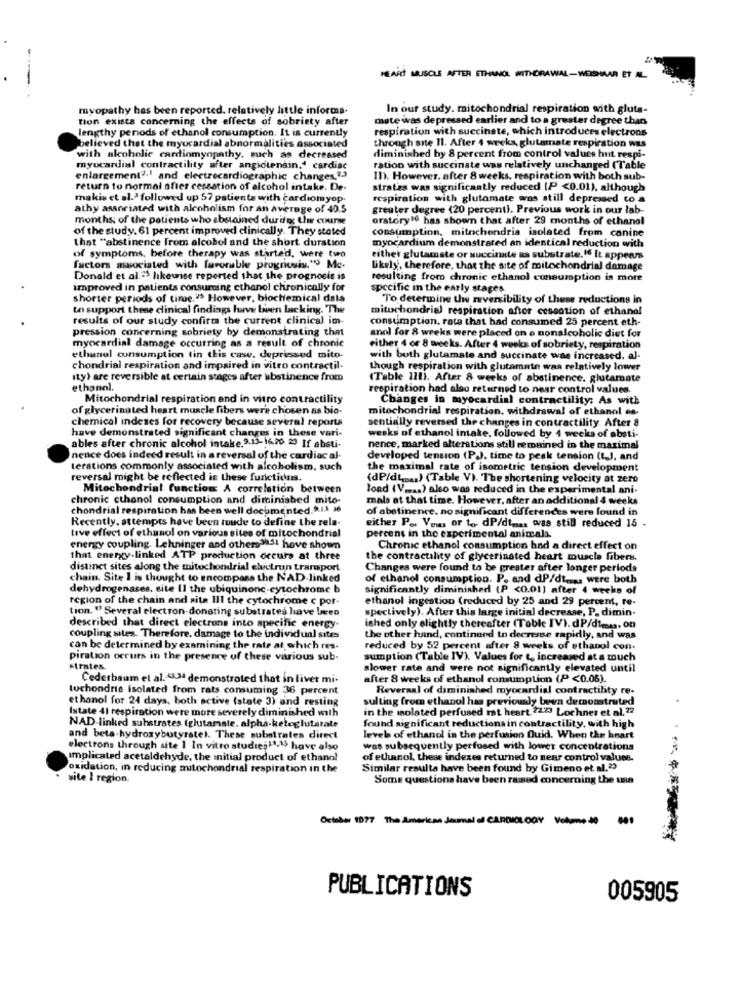
HEART MUSCLE AFTER ETHANOL WITHDRAWAL-WEISHAAR ET AL
myopathy has been reported. relatively little informa-
In our study. mitochondrial respiration with gluta-
tion exists concerning the effects of sobriety after
mate was depressed earlier and to a greater degree than
lengthy periods of ethanol consumption. It is currently
respiration with succinate, which introduces electrons
through sne 11. After 4 weeks, glutamate respiration WES
believed that the myocardial abnormalities associated
with alcoholic cardiomyopathy. such as decreased
diminished hy 8 percent from control values hut respi-
myocardial contractility after angiotensin.4 cardiac
ration with succinate was relatively unchanged (Table
enlargement2.' and electrocardiographic changes,2,3
In). However. after 8 weeks. respiration with both sub-
return to normal after cessation of alcohol intake. De-
strates was significantly reduced (P <0.01), although
makis et al.ª followed up 57 patients with cardiomyop.
respiration with glutamate was still depressed to a
athy associated with alcoholism for an average of 40.5
greuter degree (20 percent). Previous work in our lab-
months; of the patients who abstained durio; Lh course
orstory16 has shown that after 29 months of ethanol
of the study. 61 percent improved clinically. They stated
consumption, mitochondria isolated from canine
that "abstinence from alcohol and the short duration
myocardium demonstrated an identical reduction with
of symptoms, before therapy was started, were two
either glutamate or succinate as substrate.If It appears
factors associated with favorable progriosis," Mc-
Likely', therefore, that the site of mitochondrial damage
Donald et al.23 likewise reported that the prognosis is
resulting from chronic ethanol consumption is more
improved in patients consuming ethanol chronically for
specific in the early stages
shorter periods of time."> However, biochemical data
To determine the reversibility of these reductions in
to support these clinical findings have buen lacking. The
mitochondrial respiration after cessation of ethanol
results of our study confirm the current clinical im-
consumption, rate that had consumed 25 percent eth-
pression concerning sobriety by demonstrating that
anol for 8 weeks were placed on e nonalcoholic diet for
myocardial damage occurring as a result of chronic
either 4 or 8 weeks. After 4 weeks of sobriety, respiration
ethanol consumption tin this case. depriessed mito-
with both glutamate and succinate wae increased. al-
chondrial respiration and impaired in vitro contractil.
though respiration with glutamate was relatively lower
Ity) are reversible at certain stages after abstinence from
(Table 111). After 8 weeks of abstinence. glutamate
ethanol.
respiration had also returned to near control values.
Mitochondrial respiration and in vitro contractility
Changes in myocardial contractility; As with
of glycerinated heart muscle fibers were chosen as bio.
mitochondrial respiration. withdrawal of ethanol es-
chemical indeses for recovery because several reporta
sentially reversed the changes in contractility. After 8
have demonstrated significant changes in these vari-
ables after chronic alcohol intake.9.13-16,20 29 If absti-
weeks of ethanol intake, followed by 4 weeks of obsti-
nence, marked alterations still remained in the maximal
Inence does indeed result in a reversal of the cardiac al-
developed tension (P). time to peak tension (t.J, and
terations commonly associated with alcoholism, such
the maximal rate of isometric tension development
reversal might be reflected in these functions.
(dP/dt .. ) (Table V). The shortening velocity at zero
Mitochondrial function A correlation between
load (V =.. ) also was reduced in the experimental ani.
chronic cthanol consumption and diminished mito-
mals at that time. However, after an additional 4 weeks
chondrial respiration has been well documented.9.13 16
of abstinence, no significant differences were found in
Recently, attempts have been tuude to define the rela-
either Po. Vous or to dP/dim .. was still reduced 15 .
tive effect of ethanol on various sites of mitochondrial
percent in the experimental animals.
energy coupling. Lehninger and others3131 hove shown
Chronic ethanol consumption had a direct effect on
that energy-linked ATP production occurs at three
the contractility of glycerinated heart muscle fibers.
distinct sites along the mitochondrial electrun transport
Changes were found to be greater after longer periods
chain. Site I is thought to encompass the NAD-linked
of ethanol consumption. P. and dP/di .... were both
dehydrogenases. site II the ubiquinone-cytochrome b
significantly diminished (P <0.01) after 4 weeks of
region of the chain and aita III the cytochrome c por-
ethanol ingestion (reduced by 25 and 29 percent, re-
tion. "Several electron-donating substrates have been
spectively). After this large initial decrease, P. dimin.
described that direct electrons into specific energy-
ished only slightly thereafter (Toble IV). dP/dim .., on
coupling sites. Therefore. damage to the individual sites
the other hand, continued to decrease rapidly, and was
can be determined by examining the rate at which res-
reduced by 52 percent after 8 weeks of ethanol con.
piration occurs in the presence of these various sub-
sumption (Table IV). Values for t, increased at a much
Atrates.
slower rate and were not significantly elevated until
Cederbaum et al. 4334 demonstrated that in liver mi-
after 8 weeks of ethanol consumption (P <0.05).
luchondrie isolated from rats consuming 36 percent
Reversal of diminished myocardial contractility re-
ethanol for 24 days, both active (state 3) and resting
sulting from ethanol has previously been demonstrated
Istate 41 respiration were more severely diminished with
in the molated perfused mat heart 22:2 Lochnes et al. 22
NAD-linked substrates (glutamate. alpha-ketoglutarate
found significant reductions in contractility, with high
and beta-hydroxybutyrate). These substrates direct
levels of ethanol in the perfusion Quid. When the heart
electrons through site 1 In vitro studie;11,15 have also
was subsequently perfused with lower concentrations
Implicated acetaldehyde, the initial product of ethanol
of ethanol, these indexes returned to near control values.
oxidation, in reducing mitochondrial respiration in the
Similar resulta have been found by Gimeno et al.23
site I region.
Some questions have been raised concerning the usa
October 1977 The American Journal of CARDIOLOGY Volume-40
PUBLICATIONS
005905